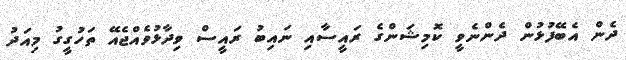
ދެން އެބޭފުޅުން ދެންނެވީ ކޮމިޝަންގެ ރައީސާއި ނައިބު ރައީސް ވިދާޅުވެއްޖެއޭ ތަހުގީގު މިއަދު